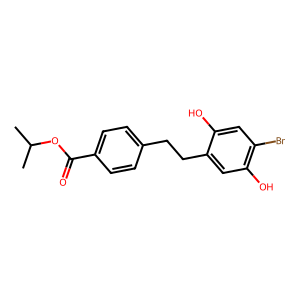
SMILES: CC(C)OC(=O)c1ccc(CCc2cc(O)c(Br)cc2O)cc1
Inhibits HIV replication: No